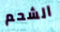
الشحم